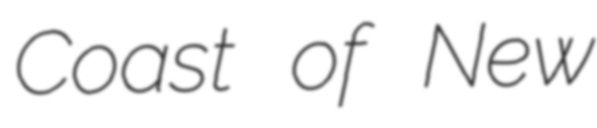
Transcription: Coast of New